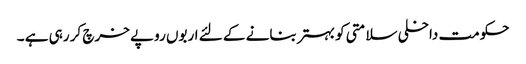
حکومت داخلی سلامتی کو بہتر بنانے کے لئے اربوں روپے خرچ کر رہی ہے ۔